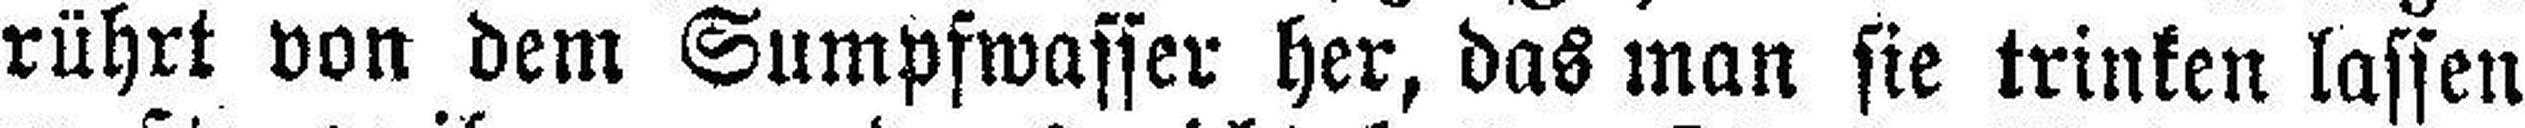
rührt von dem Sumpfwasser her, das man sie trinken lassen